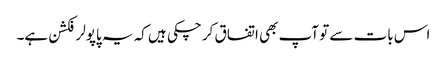
اس بات سے تو آپ بھی اتفاق کر چکی ہیں کہ یہ پاپولر فکشن ہے۔